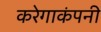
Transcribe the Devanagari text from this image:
करेगाकंपनी